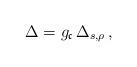
LaTeX: \begin{align*}\Delta = g_\mathfrak c \, \Delta_{s,\rho} \,,\end{align*}